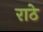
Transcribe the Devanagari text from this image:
राठे